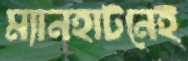
ম্যানহাটনেই